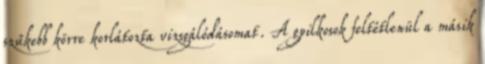
szűkebb körre korlátozta vizsgálódásomat. A gyilkosok feltétlenül a másik